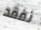
نفقد